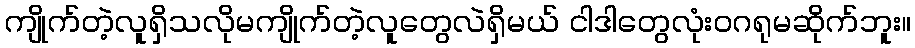
ကျိုက်တဲ့လူရှိသလိုမကျိုက်တဲ့လူတွေလဲရှိမယ် ငါဒါတွေလုံးဝဂရုမဆိုက်ဘူး။